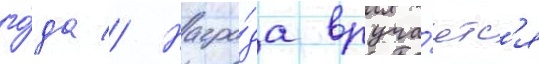
го́да // Награ́да вруча́етс'я